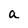
Character: a